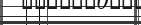
: